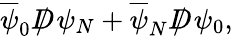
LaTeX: \overline{{{\psi}}}_{0}D\! \! \! \! /\ \psi_{N}+\overline{{{\psi}}}_{N}D\! \! \! \! /\ \psi_{0},